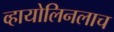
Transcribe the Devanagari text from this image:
व्हायोलिनलाच